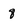
Character: q